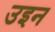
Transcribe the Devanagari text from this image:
उइन